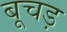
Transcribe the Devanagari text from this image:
बूचड़